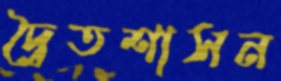
দ্বৈতশাসন